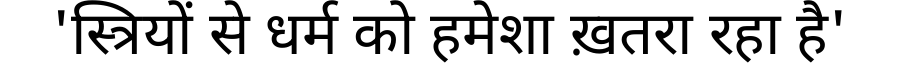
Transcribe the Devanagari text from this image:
'स्त्रियों से धर्म को हमेशा ख़तरा रहा है'